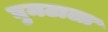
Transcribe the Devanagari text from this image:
घुमटाला